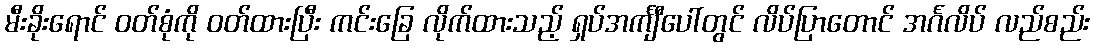
မီးခိုးရောင် ဝတ်စုံကို ဝတ်ထားပြီး ကင်းခြေ လိုက်ထားသည့် ရှပ်အင်္ကျီပေါ်တွင် လိပ်ပြာတောင် အင်္ဂလိပ် လည်စည်း